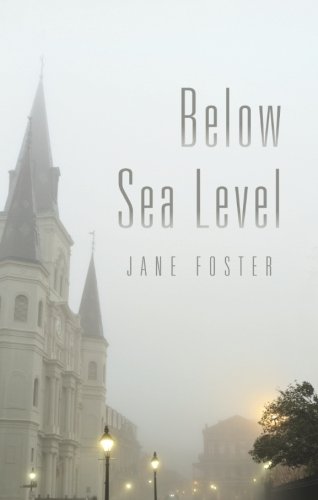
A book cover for Below Sea Level; Jane Foster; Travel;